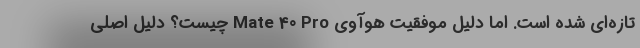
تازه‌ای شده است. اما دلیل موفقیت هوآوی Mate 40 Pro چیست؟ دلیل اصلی